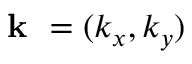
\textbf { k } = ( k _ { x } , k _ { y } )